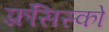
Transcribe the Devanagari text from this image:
फ़्रंसिस्को